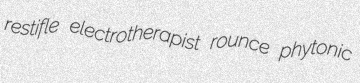
restifle electrotherapist rounce phytonic